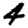
Digit: 4